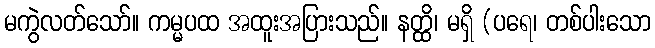
မကွဲလတ်သော်။ ကမ္မပထ အထူးအပြားသည်။ နတ္ထိ၊ မရှိ (ပရေ၊ တစ်ပါးသော